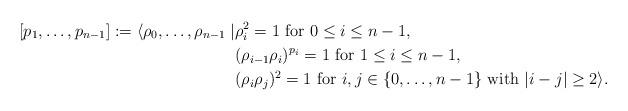
LaTeX: \begin{align*}[p_1, \ldots, p_{n-1}] := \langle \rho_0, \ldots, \rho_{n-1} \mid & \rho_i^2 = 1 \textrm{ for $0 \leq i \leq n-1$}, \\& (\rho_{i-1} \rho_i)^{p_i} = 1 \textrm{ for $1 \leq i \leq n-1$}, \\& (\rho_i \rho_j)^2 = 1 \textrm{ for $i,j \in \{0,\ldots,n-1\}$ with $|i-j| \geq 2$} \rangle.\end{align*}